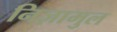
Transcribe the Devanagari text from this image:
निज़ामुल